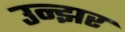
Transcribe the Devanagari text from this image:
उन्झर